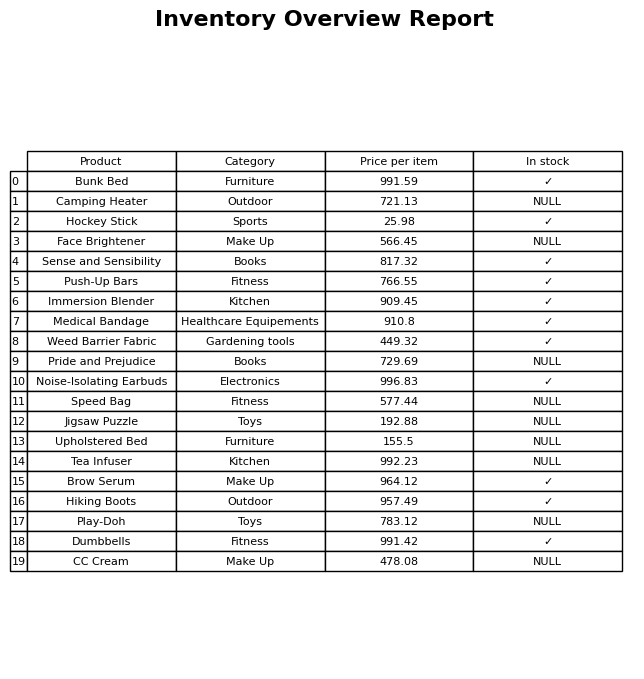
question: What is the price for Upholstered Bed?
answer: The price of Upholstered Bed is 155.5.